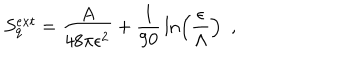
S _ { q } ^ { e x t } = { \frac { A } { 4 8 \pi \epsilon ^ { 2 } } } + { \frac { 1 } { 9 0 } } \ln \left( \frac { \epsilon } { \Lambda } \right) ~ ~ ,